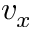
v _ { x }